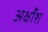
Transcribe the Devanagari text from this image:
अक्षाँश